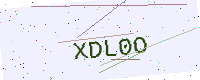
Text: XDL0O